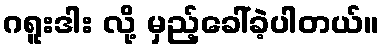
ဂရူးဒါး လို့ မှည့်ခေါ်ခဲ့ပါတယ်။